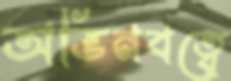
অভিনবত্বে